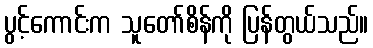
ပွင့်ကောင်းက သူတော်စိန်ကို ပြန်တွယ်သည်။